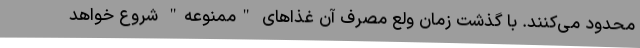
محدود می‌کنند. با گذشت زمان ولع مصرف آن غذاهای "ممنوعه" شروع خواهد